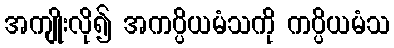
အကျိုးလို၍ အကပ္ပိယမံသကို ကပ္ပိယမံသ